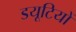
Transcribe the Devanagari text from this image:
डयूटियों